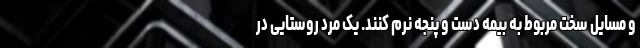
و مسایل سخت مربوط به بیمه دست و پنجه نرم کنند. یک مرد روستایی در